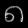
Digit: ၈